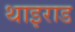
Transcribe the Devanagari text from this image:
थाइराड